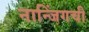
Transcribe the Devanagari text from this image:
नान्जिंगची